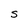
Character: S